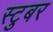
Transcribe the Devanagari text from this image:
स्टुबर